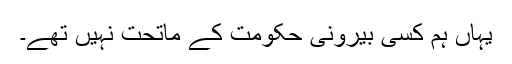
یہاں ہم کسی بیرونی حکومت کے ماتحت نہیں تھے۔